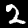
Label: 2